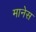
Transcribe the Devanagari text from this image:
मानेस